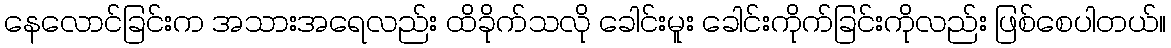
နေလောင်ခြင်းက အသားအရေလည်း ထိခိုက်သလို ခေါင်းမူး ခေါင်းကိုက်ခြင်းကိုလည်း ဖြစ်စေပါတယ်။